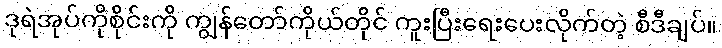
ဒုရဲအုပ်ကိုစိုင်းကို ကျွန်တော်ကိုယ်တိုင် ကူးပြီးရေးပေးလိုက်တဲ့ စီဒီချပ်။